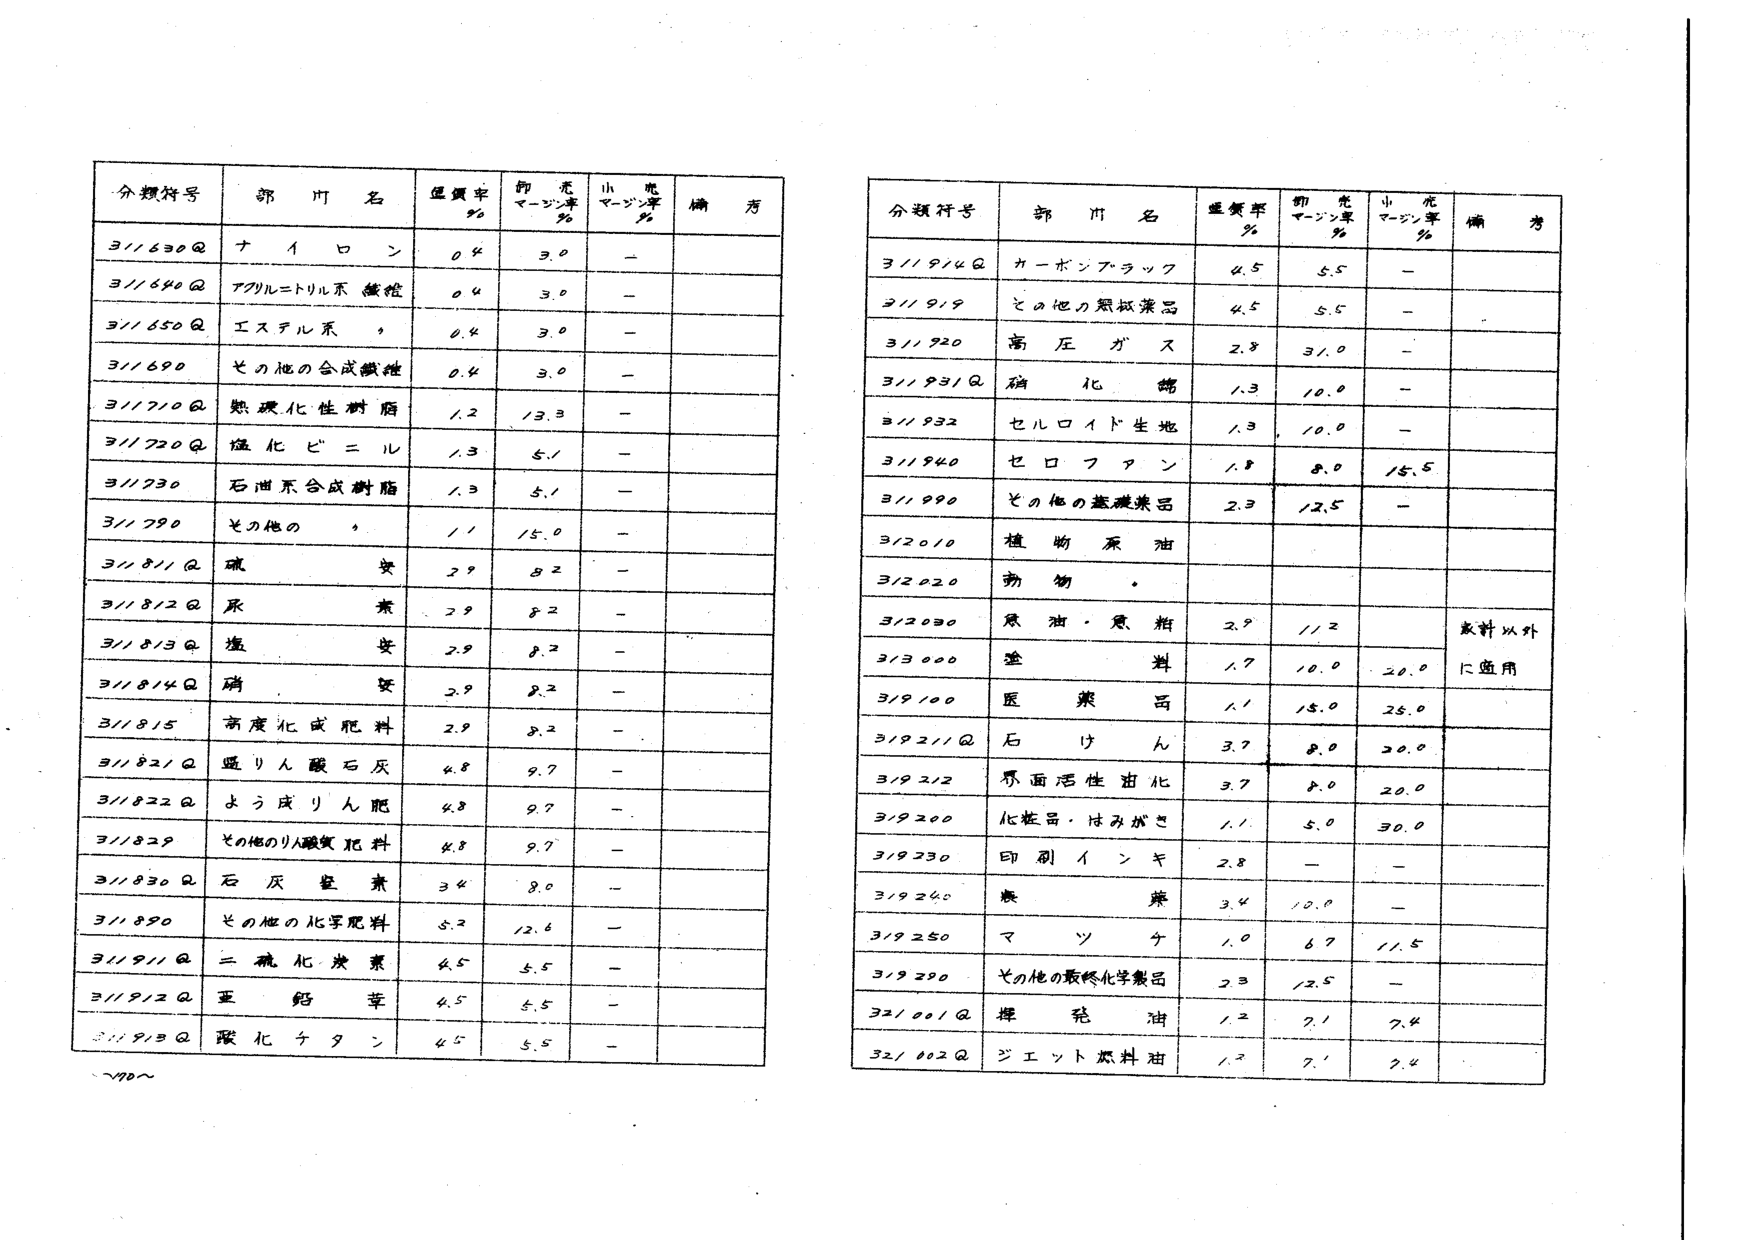
分類符号 部門名 湿度率％ 初発マージン率％ 小売マージン率％ 備考
3//630Q ナイロン 0.4 3.0 -
3//640Q アクリル＝トリル系繊維 0.4 3.0 -
3//650Q エステル系 0.4 3.0 -
3//690 その他の合成繊維 0.4 3.0 -
3//710Q 熱硬化性樹脂 1.2 13.3 -
3//720Q 熱化ビニル 1.3 5.1 -
3//730 石油系合成樹脂 1.3 5.1 -
3//790 その他の 1.1 15.0 -
3//811Q 硫安 2.9 8.2 -
3//812Q 尿素 2.9 8.2 -
3//813Q 複安 2.9 8.2 -
3//814Q 磷安 2.9 8.2 -
3//815 高度化成肥料 2.9 8.2 -
3//821Q 過リン酸石灰 4.8 9.7 -
3//822Q よう成りん肥 4.8 9.7 -
3//829 その他のリン酸質肥料 4.8 9.7 -
3//830Q 石灰窒素 3.4 8.0 -
3//890 その他の化学肥料 5.2 12.6 -
3//911Q 二硫化炭素 4.5 5.5 -
3//912Q 亜鉛華 4.5 5.5 -
3//913Q 炭化ケトン 4.5 5.5 -

分類符号 部門名 湿度率％ 初発マージン率％ 小売マージン率％ 備考
3//914Q カーボンブラック 4.5 5.5 -
3//919 その他の無機薬品 4.5 5.5 -
3//920 高圧ガス 2.8 31.0 -
3//931Q 硝化綿 1.3 10.0 -
3//932 セルロイド生地 1.3 10.0 -
3//940 セロファン 1.8 8.0 15.5
3//990 その他の基礎薬品 2.3 12.5 -
3/2010 植物原油
3/2020 動物
3/2030 食油・魚粕 2.9 11.2 原料以外に適用
3/3000 金料 1.7 10.0 20.0
3/9100 医薬品 1.1 15.0 25.0
3/9211Q 石けん 3.7 8.0 20.0
3/9212 界面活性油化 3.7 8.0 20.0
3/9200 化粧品・はみがき 1.1 5.0 30.0
3/9230 印刷インキ 2.8 - -
3/9240 染料 3.4 10.0 -
3/9250 マツチ 1.0 6.7 11.5
3/9290 その他の最終化学製品 2.3 12.5 -
32/001Q 輝発油 1.2 7.1 7.4
32/002Q ジエット燃料油 1.2 7.1 7.4

～70～